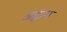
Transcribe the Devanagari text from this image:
अट्ठान